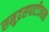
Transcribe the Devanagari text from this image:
समुद्रसपाटीजवळ